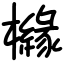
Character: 櫞